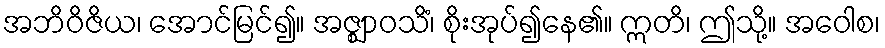
အဘိဝိဇိယ၊ အောင်မြင်၍။ အဇ္ဈာဝသိံ၊ စိုးအုပ်၍နေ၏။ ဣတိ၊ ဤသို့။ အဝေါစ၊